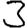
Digit: 3